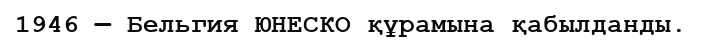
1946 — Бельгия ЮНЕСКО құрамына қабылданды.